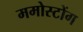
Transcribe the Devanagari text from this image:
ममोस्टोंग